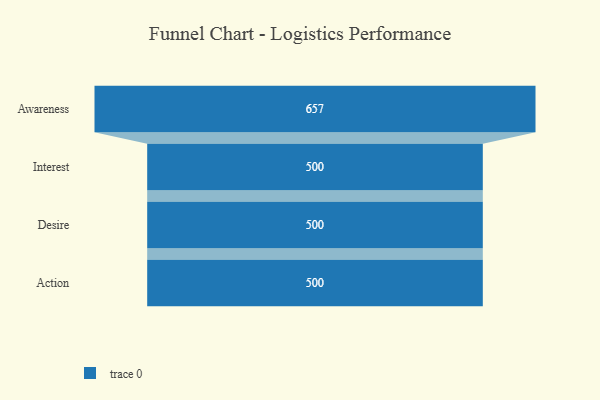
{"axis": {"x": "Stage", "y": "Value"}, "legend": [""], "data": [{"x": "Awareness", "y": 657.0, "type": ""}, {"x": "Interest", "y": 500, "type": ""}, {"x": "Desire", "y": 500, "type": ""}, {"x": "Action", "y": 500, "type": ""}]}